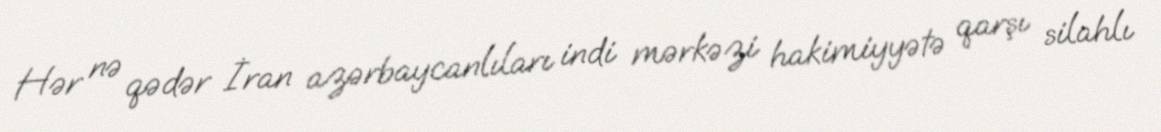
Hər nə qədər İran azərbaycanlıları indi mərkəzi hakimiyyətə qarşı silahlı